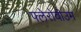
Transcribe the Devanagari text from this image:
फ्लेरोवीउम